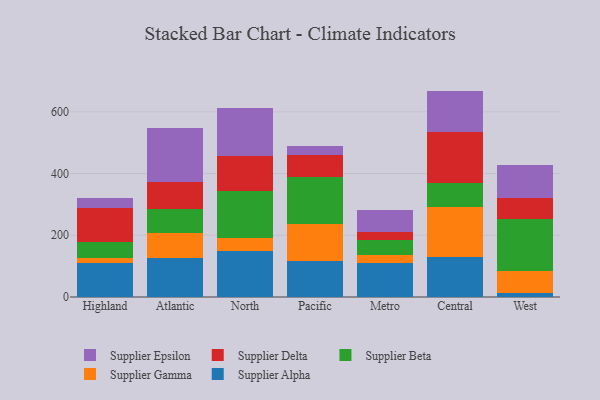
{"axis": {"x": "Region", "y": "Headcount"}, "legend": ["Supplier Alpha", "Supplier Beta", "Supplier Delta", "Supplier Epsilon", "Supplier Gamma"], "data": [{"x": "Highland", "y": 110.3, "type": "Supplier Alpha"}, {"x": "Highland", "y": 14.8, "type": "Supplier Gamma"}, {"x": "Highland", "y": 54.4, "type": "Supplier Beta"}, {"x": "Highland", "y": 110.3, "type": "Supplier Delta"}, {"x": "Highland", "y": 31.6, "type": "Supplier Epsilon"}, {"x": "Atlantic", "y": 127.8, "type": "Supplier Alpha"}, {"x": "Atlantic", "y": 80.7, "type": "Supplier Gamma"}, {"x": "Atlantic", "y": 75.9, "type": "Supplier Beta"}, {"x": "Atlantic", "y": 86.7, "type": "Supplier Delta"}, {"x": "Atlantic", "y": 177.1, "type": "Supplier Epsilon"}, {"x": "North", "y": 149.1, "type": "Supplier Alpha"}, {"x": "North", "y": 42.8, "type": "Supplier Gamma"}, {"x": "North", "y": 152.9, "type": "Supplier Beta"}, {"x": "North", "y": 110.7, "type": "Supplier Delta"}, {"x": "North", "y": 158.0, "type": "Supplier Epsilon"}, {"x": "Pacific", "y": 115.9, "type": "Supplier Alpha"}, {"x": "Pacific", "y": 121.9, "type": "Supplier Gamma"}, {"x": "Pacific", "y": 152.2, "type": "Supplier Beta"}, {"x": "Pacific", "y": 70.9, "type": "Supplier Delta"}, {"x": "Pacific", "y": 28.7, "type": "Supplier Epsilon"}, {"x": "Metro", "y": 111.4, "type": "Supplier Alpha"}, {"x": "Metro", "y": 26.1, "type": "Supplier Gamma"}, {"x": "Metro", "y": 48.1, "type": "Supplier Beta"}, {"x": "Metro", "y": 25.8, "type": "Supplier Delta"}, {"x": "Metro", "y": 71.6, "type": "Supplier Epsilon"}, {"x": "Central", "y": 129.2, "type": "Supplier Alpha"}, {"x": "Central", "y": 163.5, "type": "Supplier Gamma"}, {"x": "Central", "y": 77.3, "type": "Supplier Beta"}, {"x": "Central", "y": 166.1, "type": "Supplier Delta"}, {"x": "Central", "y": 131.9, "type": "Supplier Epsilon"}, {"x": "West", "y": 13.7, "type": "Supplier Alpha"}, {"x": "West", "y": 70.6, "type": "Supplier Gamma"}, {"x": "West", "y": 169.2, "type": "Supplier Beta"}, {"x": "West", "y": 68.1, "type": "Supplier Delta"}, {"x": "West", "y": 106.3, "type": "Supplier Epsilon"}]}